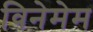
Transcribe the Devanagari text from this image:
विनेमेम